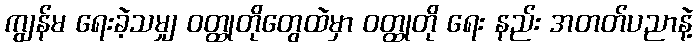
ကျွန်မ ရေးခဲ့သမျှ ဝတ္ထုတိုတွေထဲမှာ ဝတ္ထုတို ရေး နည်း အတတ်ပညာနဲ့